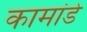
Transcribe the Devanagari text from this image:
कामांडे